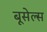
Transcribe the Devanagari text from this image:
बूसेल्स